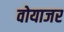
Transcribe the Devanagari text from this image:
वोयाजर